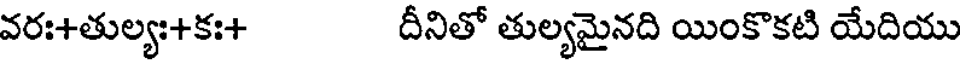
వరః+తుల్యః+కః+ దీనితో తుల్యమైనది యింకొకటి యేదియు